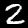
Label: 2